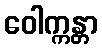
ဝေါက္ကန္တာ